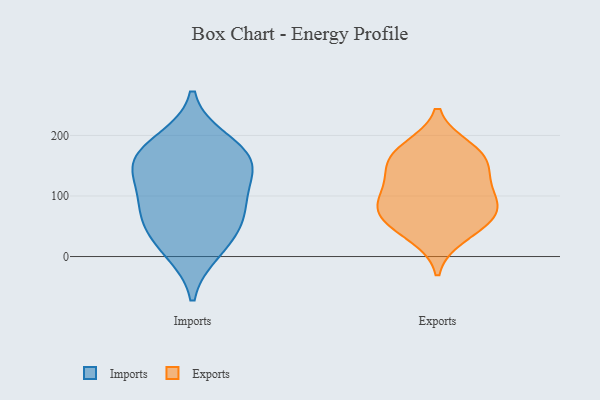
{"axis": {"x": "Shipments", "y": "Value"}, "legend": ["Exports", "Imports"], "data": [{"x": "", "y": 141, "type": "Imports"}, {"x": "", "y": 164, "type": "Imports"}, {"x": "", "y": 165, "type": "Imports"}, {"x": "", "y": 10, "type": "Imports"}, {"x": "", "y": 30, "type": "Imports"}, {"x": "", "y": 190, "type": "Imports"}, {"x": "", "y": 142, "type": "Imports"}, {"x": "", "y": 83, "type": "Imports"}, {"x": "", "y": 63, "type": "Imports"}, {"x": "", "y": 84, "type": "Imports"}, {"x": "", "y": 151, "type": "Exports"}, {"x": "", "y": 120, "type": "Exports"}, {"x": "", "y": 74, "type": "Exports"}, {"x": "", "y": 58, "type": "Exports"}, {"x": "", "y": 95, "type": "Exports"}, {"x": "", "y": 172, "type": "Exports"}, {"x": "", "y": 179, "type": "Exports"}, {"x": "", "y": 94, "type": "Exports"}, {"x": "", "y": 152, "type": "Exports"}, {"x": "", "y": 34, "type": "Exports"}, {"x": "", "y": 65, "type": "Exports"}]}